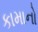
કામાનો